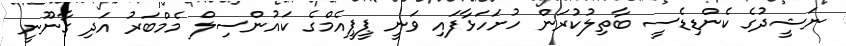
ނަޝީދުގެ ކެންޑިޑެސީ ބާތިލުކުރަން ހުށަހަޅާފައި ވަނީ ޕީޕީއެމްގެ ކައުންސިލް މެމްބަރު އަދި ގާނޫނީ